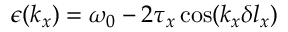
\epsilon ( k _ { x } ) = \omega _ { 0 } - 2 \tau _ { x } \cos ( k _ { x } \delta l _ { x } )